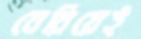
বেরিয়েই